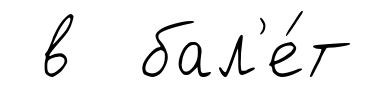
в бал'е́т